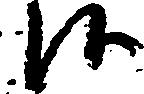
候